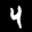
Label: 4